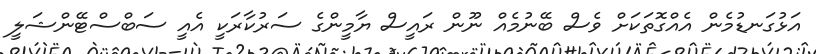
އަޅުގަނޑުމެން އެއްގޮތަކަށް ވެސް ބޭނުމެއް ނޫން ރައީސް ޔާމީންގެ ސަރުކާރަކީ އެއީ ސަބްސްޓޭންޝަލީ